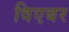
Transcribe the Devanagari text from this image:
विएबर